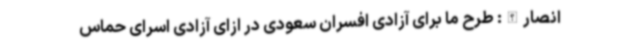
انصارالله: طرح ما برای آزادی افسران سعودی در ازای آزادی اسرای حماس